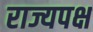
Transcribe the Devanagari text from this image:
राज्यपक्ष